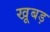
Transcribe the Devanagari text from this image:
खूबड़